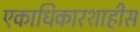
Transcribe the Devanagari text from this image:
एकाधिकारशाहीस